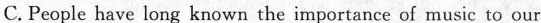
C. People have long known the importance of music to our